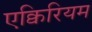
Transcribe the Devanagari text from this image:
एक्विरियम